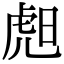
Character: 䖑